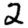
Digit: 2